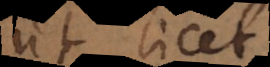
et licet